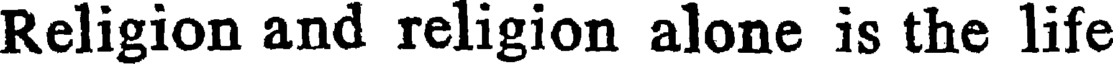
Religion and religion alone is the life